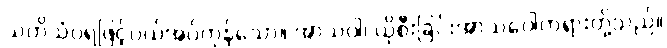
သတိသံဝရဖြင့်ပယ်အပ်ကုန်သော။ အာသဝါ၊ ယိုစီးခြင်းအာသဝေါတရားတို့သည်။